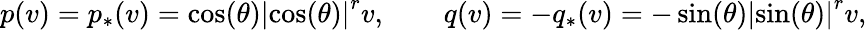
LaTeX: p(v)=p_{\ast}(v)=\cos(\theta)\left\vert\cos(\theta)\right\vert^{r}v,\qquad q(v)=-q_{\ast}(v)=-\sin(\theta)\left\vert\sin(\theta)\right\vert^{r}v,